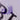
انه